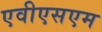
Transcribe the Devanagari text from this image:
एवीएसएम